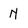
Character: N